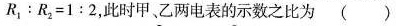
$$R _ { 1 } ： R _ { 2 } = 1 : 2$$，此时甲、乙两电表的示数之比为( )